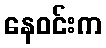
နေဝင်းက